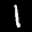
Label: 1